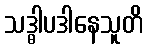
သဒ္ဓါပဒါနေသူတိ